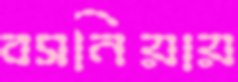
বসনিয়ায়